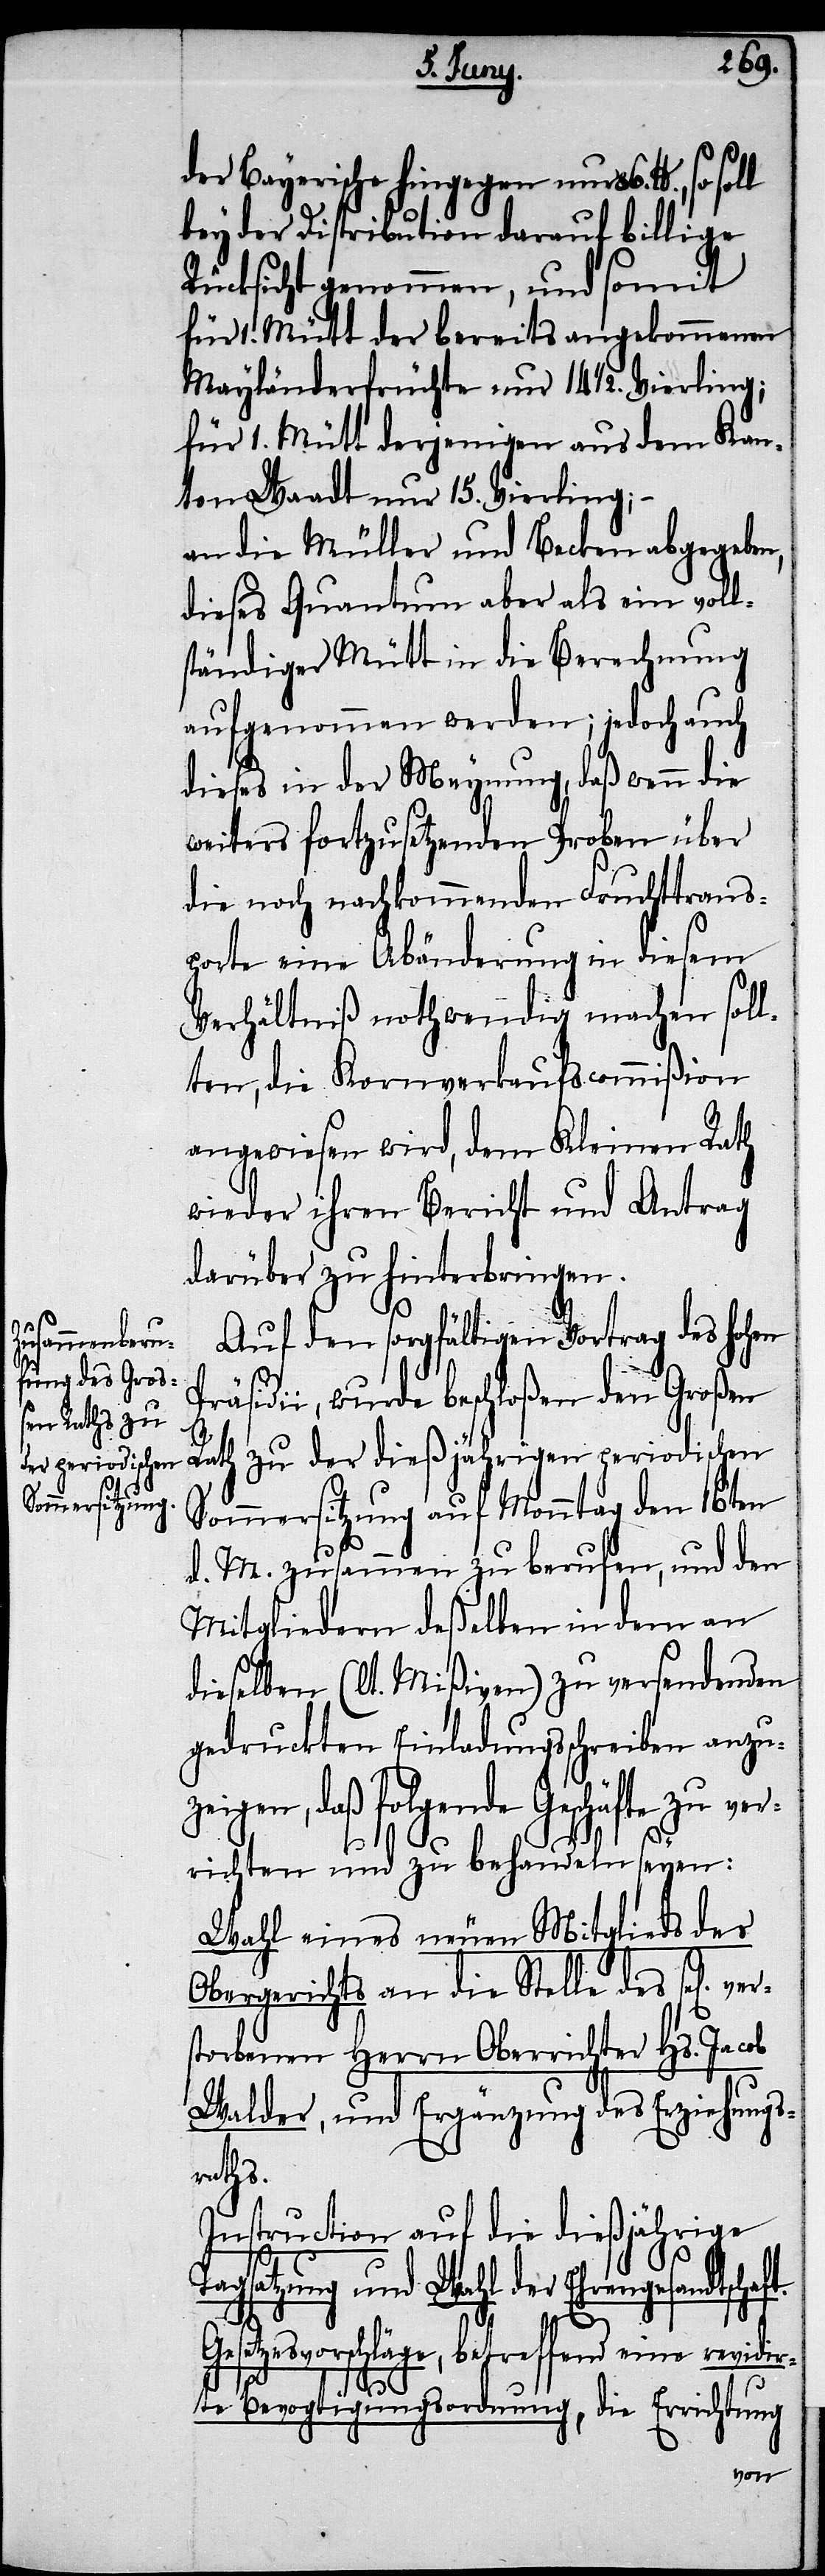
der Bayerische hingegen nur 86. lb.,
bey der Distribution darauf billige
Rücksicht genommen, und somit
für 1. Mütt der bereits angekommenen
Mayländerfrüchte nur 14 1/2. Vierling;
für 1. Mütt derjenigen aus dem Kan¬
ton Waadt nur 15. Vierling;
an die Müller und Becken abgegeben,
dieses Quantum aber als ein voll¬
ständiger Mütt in die Berechnung
aufgenommen werden; jedoch auch
dieses in der Meynung, daß wenn
weiters fortzusetzenden Proben über
die noch nachkommenden Fruchttrans¬
porte eine Abänderung in diesem
Verhältniß nothwendig machen soll¬
ten, die Kornverkaufscommißion
angewiesen wird, dem Kleinen Rath
wieder ihren Bericht und Antrag
darüber zu hinterbringen.
Auf den sorgfältigen Vortrag des hohen
Präsidii, wurde beschloßen den Großen
Rath zu der dießjährigen periodischen
Sommersitzung auf Monntag den 16ten
d. M. zusammen zu berufen, und den
Mitgliedern deßelben in dem an
dieselben (lt. Mißiven) zu versendenden
gedruckten Einladungsschreiben anzu¬
zeigen, daß folgende Geschäfte zu ver¬
richten und zu behandeln seyen:
Wahl eines neuen Mitglieds des
Obergerichts an die Stelle des sel[ig]
storbenen Herrn Oberrichter Hs. Jacob
Walder, und Ergänzung des Erziehungs¬
raths.
Instruction auf die dießjährige
Tagsatzung und Wahl der Ehrengesandtschaf¬
ver¬
t.
Gesetzesvorschläge, betreffend eine revidir¬
te Bevogtigungsordnung, die Errichtung